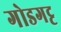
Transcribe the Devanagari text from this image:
गोडगट्ट